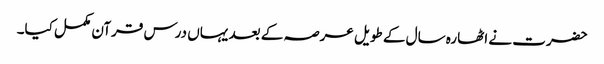
حضرت نے اٹھارہ سال کے طویل عرصہ کے بعد یہاں درس قرآن مکمل کیا۔